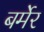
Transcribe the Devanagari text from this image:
बर्मेर